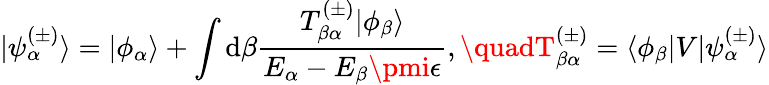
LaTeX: |\psi_{\alpha}^{(\pm)}\rangle=|\phi_{\alpha}\rangle+\int\mathrm{d}\beta{\frac{{T_{\beta\alpha}^{(\pm)}|\phi_{\beta}\rangle}}{{E_{\alpha}-E_{\beta}\pmi\epsilon}}},\quadT_{\beta\alpha}^{(\pm)}=\langle\phi_{\beta}|V|\psi_{\alpha}^{(\pm)}\rangle